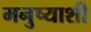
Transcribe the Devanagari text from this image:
मनुष्याशी